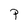
Character: P